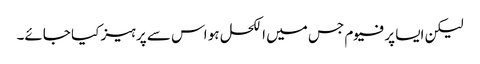
لیکن ایسا پرفیوم جس میں الکحل ہو اس سے پرہیز کیا جائے۔